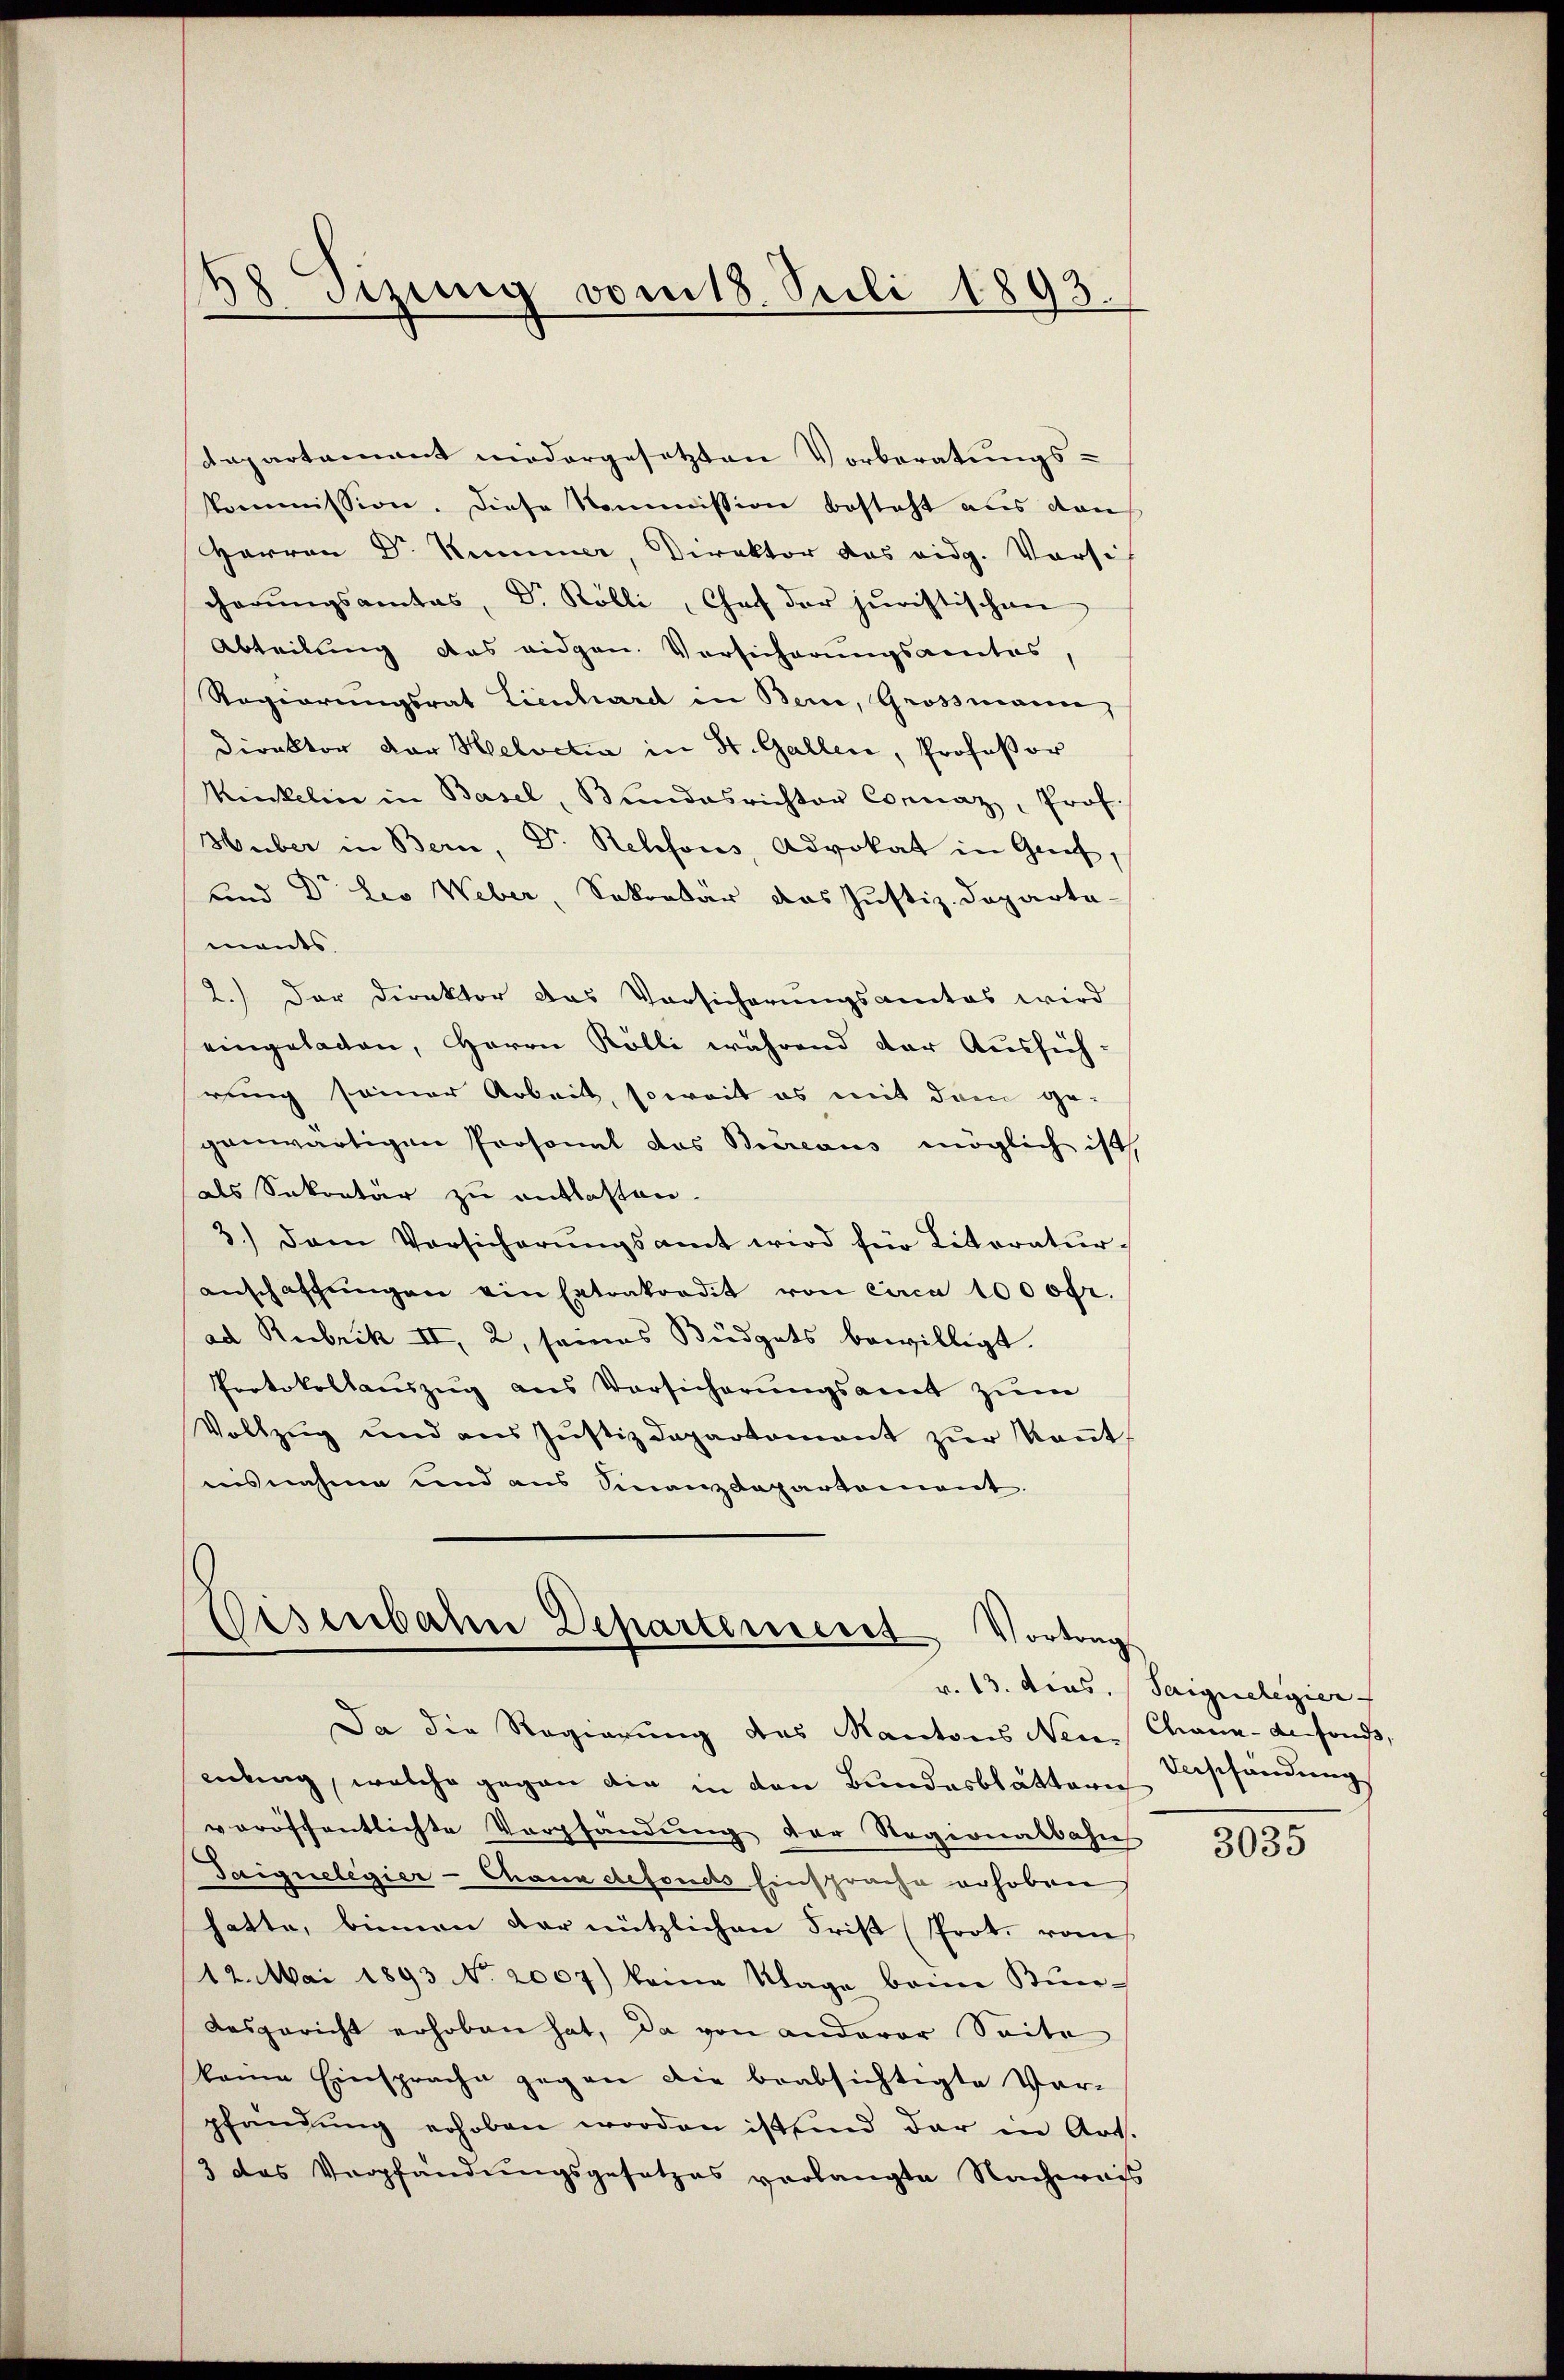
38. Sitzung vom 18. Juli 1893.

departement niedergesetzten Vorberatungs-
kommission. Diese Kommission besteht aus dah
Herren Dr. Kummer, Direktor das eidg. Vorsit
cherŭngsamtes, Dr. Kölli, Chef der juristischen
Abteilung des eidgen. Versicherungsamtes,
Regierungsrat Lienhard in Bern, Grossmann,
Direktor der Helvetia in St. Gallen, Professor
Kinkelin in Basel, Bundesrichter Connaz, Prof.
Huber in Bern, Dr. Relefois, Advokat in Graf,
und Dr. Leo Weber, Sekretär das Justiz-Departa-
mants.
2.) Der Direktor das Vorsicherungsamtes wird
eingeladen, Herrn Kölli während der Aussich
rung seiner Arbeit, soweit es mit dem ge-
genwärtigen Prosonal das Bureaus möglich ist
als Sekretär zu entlassen.
3.) Dann Vorsicherŭngsamt wird für Literatur-
anschaffŭngen ein Extrakordit von circa 1000fr.
ad Rubrik II, 2, seines Büdgets bewilligt.
Protokollauszug aus Versicherungsamt zum
Vollzŭg und aus Jŭstizdepartament zŭr Keṅt,
insnahme und aus Finanzdepartement.

Eisenbahn Departement Vortrags
Da die Regierung des Kantons Neue Chana-Aefonds,

endung, welche gegen die in den Bundesblätterie
veröffentlichte Verpfändung vor Ragionalbahn
Taiguelegier-Chana defouchs Einsprache erhoben
hatte, binnen der nützlichen Frist Prot. von
12. Mai 1893 No. 2007) keine Klage beim Bundesgericht erhoben hat, da von anderer Seite
keine Einsprache gegen die beabsichtigte Vor-
pfändung erhoben worden ist sind dar in Art.
3 das Verpfändungsgesetzes verlangte Nachwass

v. 13. dies. Saiguelegier
Verschändung

3035